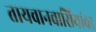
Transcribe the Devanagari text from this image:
तायवानवासियांवर